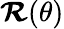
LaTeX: \boldsymbol{\mathcal{R}}(\theta)